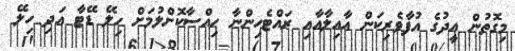
މިގޮތުން އީދުގެ އުފާވެރިކަން އާއިލާއާއި ރައްޓެހިންނާ ހިއްސާކޮށްލުމަށް ހިލޭ ޑޭޓާ އަދި ހިލޭ